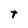
Character: t